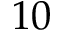
1 0